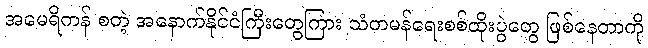
အမေရိကန် စတဲ့ အနောက်နိုင်ငံကြီးတွေကြား သံတမန်ရေးစစ်ထိုးပွဲတွေ ဖြစ်နေတာကို